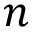
n